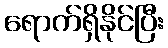
ရောက်ရှိနိုင်ပြီး